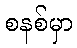
စနစ်မှာ